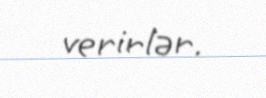
verirlər.